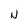
Character: N